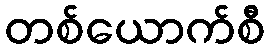
တစ်ယောက်စီ